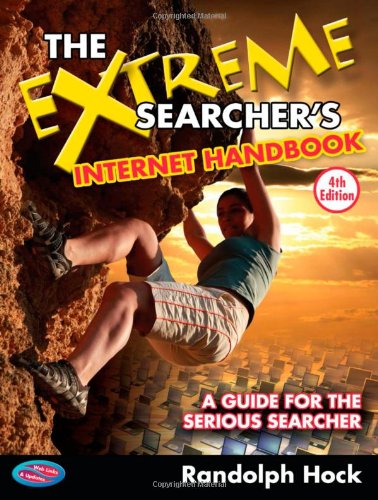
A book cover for The Extreme Searcher's Internet Handbook: A Guide for the Serious Searcher; Randolph Hock; Computers & Technology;